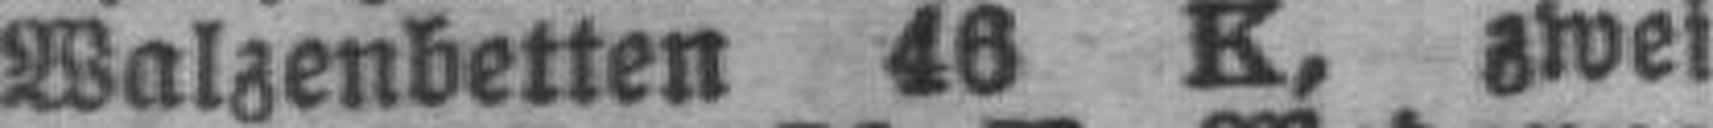
Walzenbetten 46 K, zwei